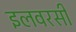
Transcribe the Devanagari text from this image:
इलवरसी